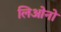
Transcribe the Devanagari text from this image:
लिओनो